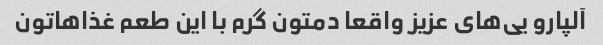
آلپارو یی‌های عزیز واقعا دمتون گرم با این طعم غذاهاتون